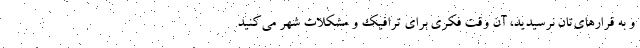
و به قرارهای‌تان نرسیدید، آن وقت فکری برای ترافیک و مشکلات شهر می‌کنید